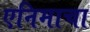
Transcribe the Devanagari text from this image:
एनिमाचा